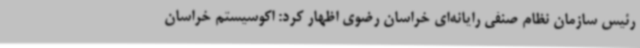
رئیس سازمان نظام صنفی رایانه‌ای خراسان رضوی اظهار کرد: اکوسیستم خراسان